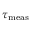
\tau _ { \mathrm { m e a s } }